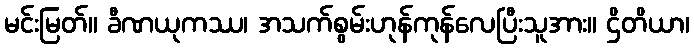
မင်းမြတ်။ ခီဏယုကဿ၊ အသက်စွမ်းဟုန်ကုန်လေပြီးသူအား။ ဌိတိယာ၊